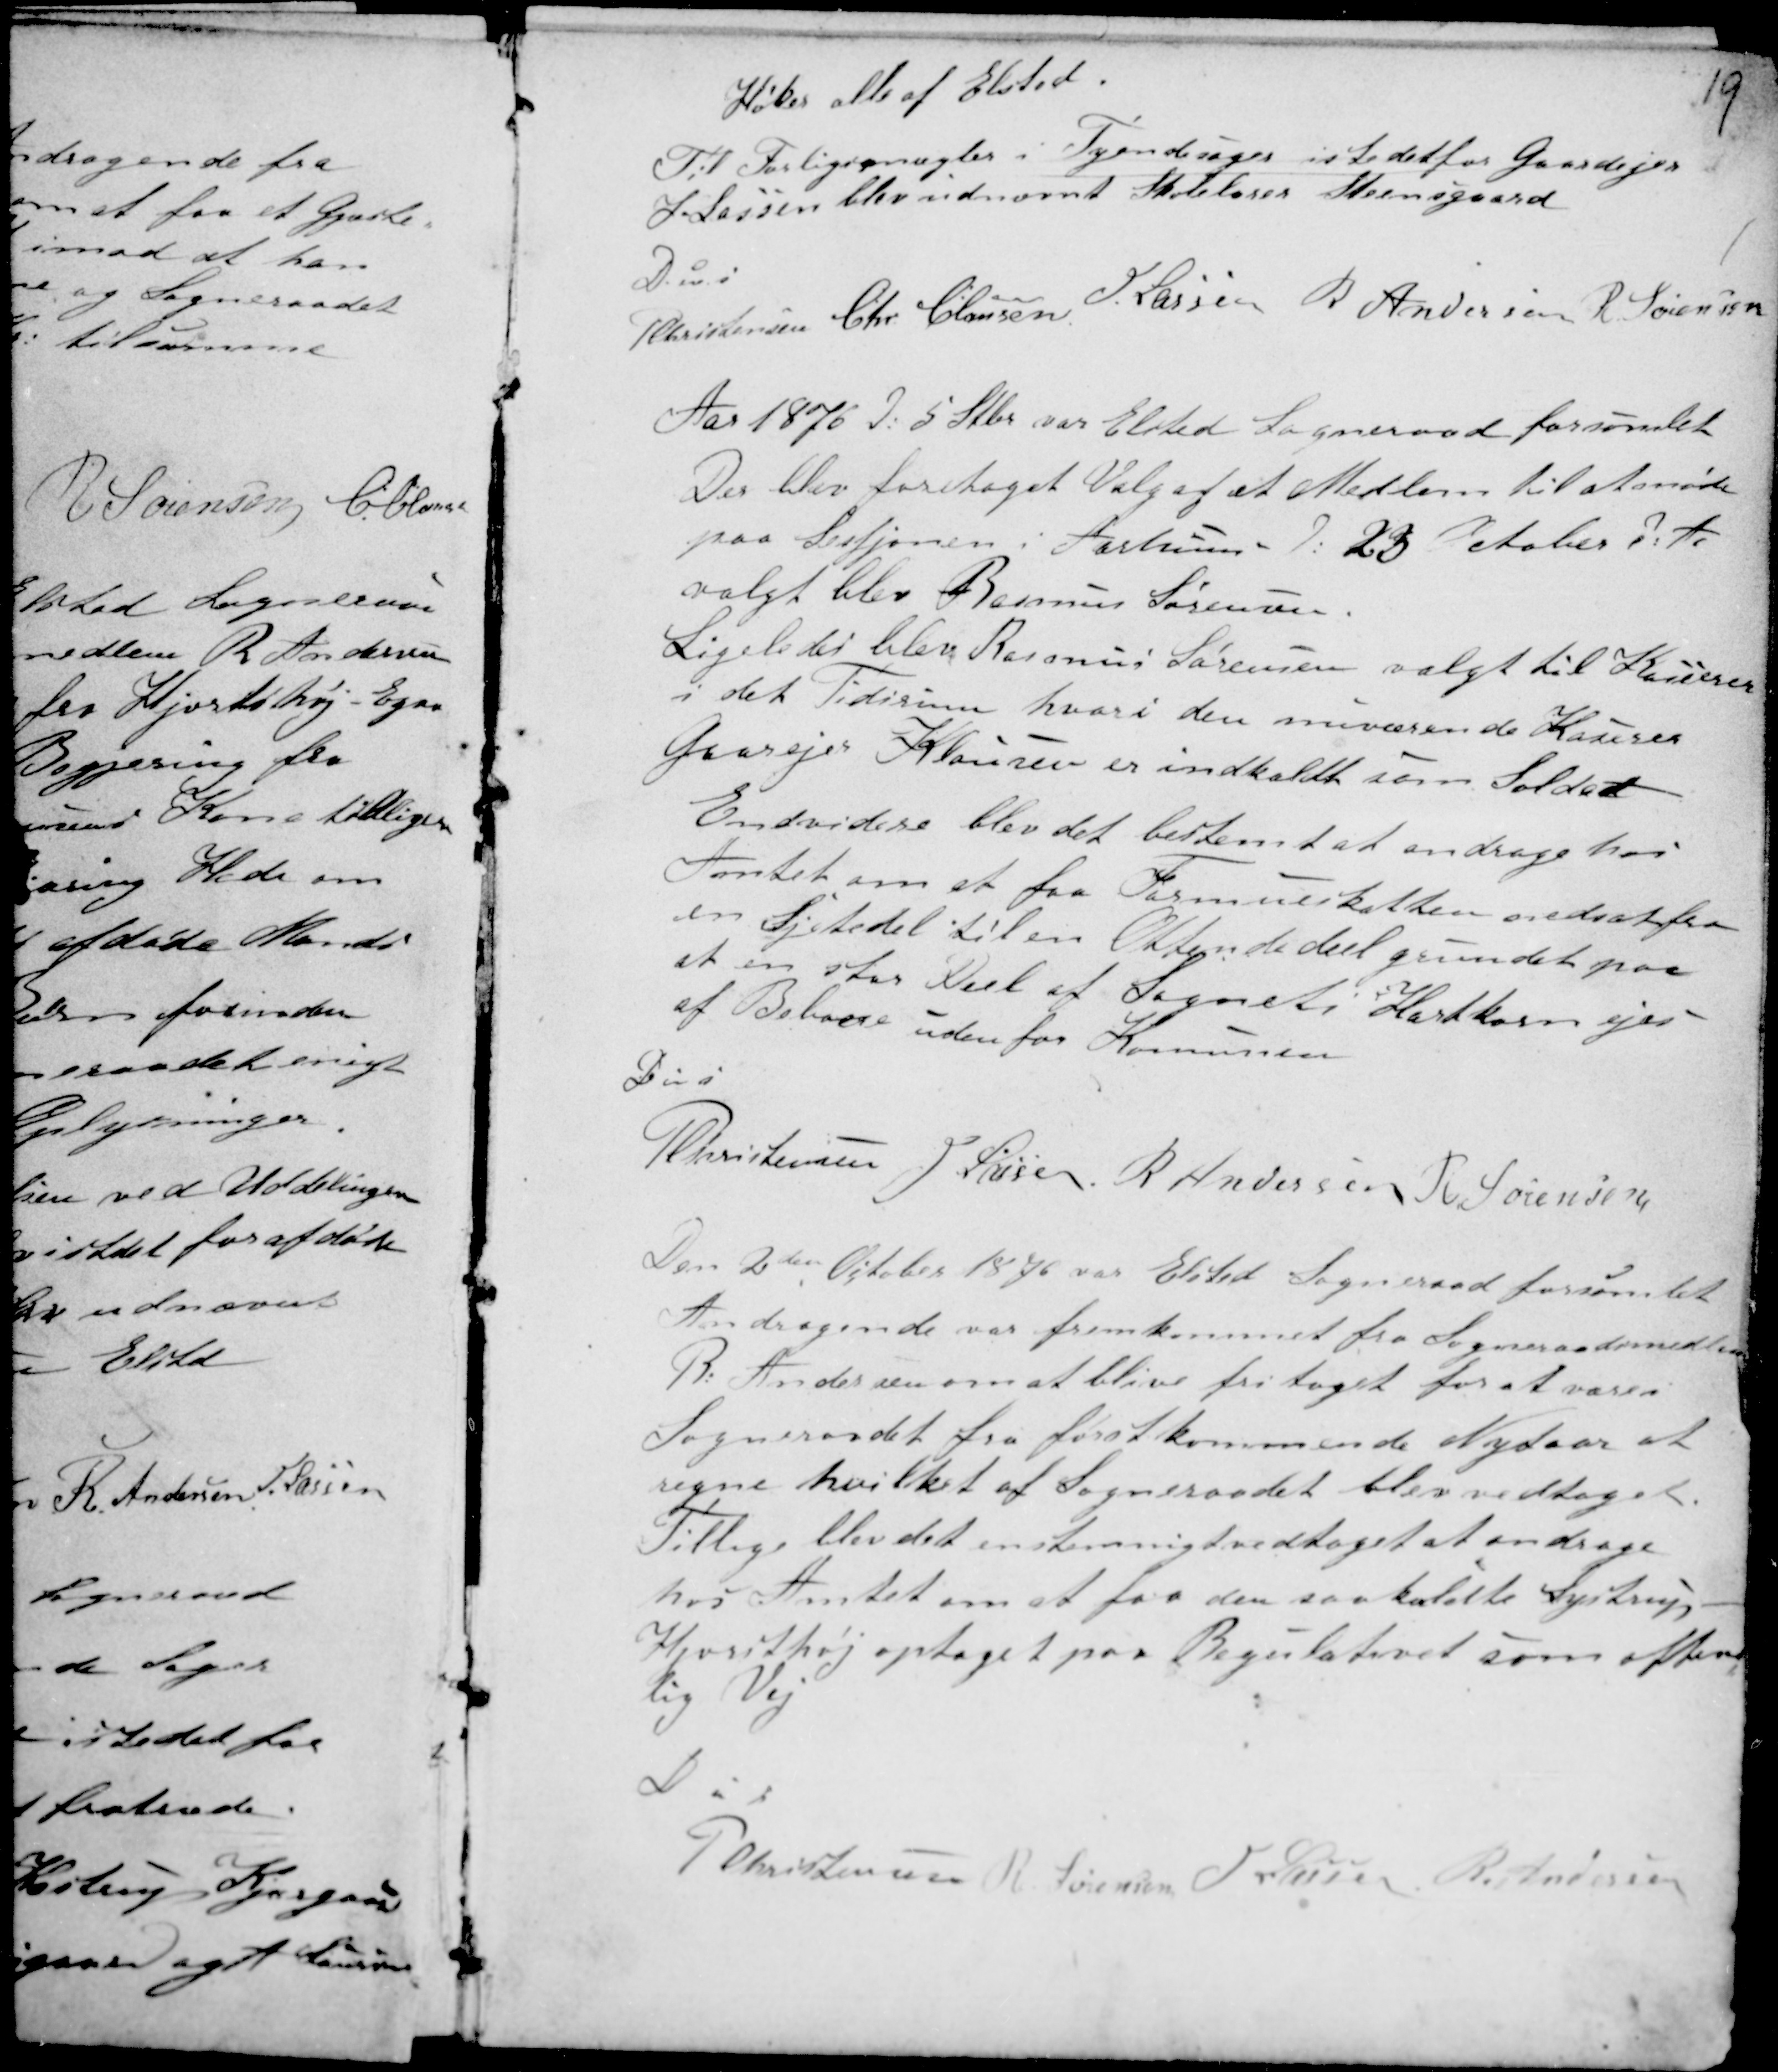
Transskription:
19

Høker alle af Elsted.
Til Forligsmægler i Tyendesager istedetfor Gaardejer
H Lassen blev udnævnt Skolelærer Steensgaard

D u s
PChristensen Chr. Clausen H. Lassen R Andersen R. Sørensen

Aar 1876 d: 5 Stbr var Elsted Sogneraad forsamlet
Der blev foretaget Valg af et Medlem til at møde
paa Sessjonen i Aarhuus d: 23 October d: A,
valgt blev Rasmus Sørensen.
Ligeledes blev Rasmus Sørensen valgt til Kasserer
i det Tidsrum hvori den nuværende Kaserer
Gaarejer Klausen er indkaldt som Soldat
Endvidere blev det bestemt at andrage hos
Amtet om at faa Formueskatten nedsat fra
en Sjetedel til en Ottende deel grundet paa
at en stor Deel af Sognets Hartkorn ejes
af Beboere uden for Kommunen
D u s
PChrisensen H. Lassen R Andersen R Sørensen

Den 2den October 1876 var Elsted Sogneraad forsamlet
Andragende var fremkommet fra Sogneraadsmedlem
R: Andersen om at blive fritaget for at være i
Sogneraadet fra førstkommende Nytaar at
regne hvilket af Sogneraadet blev vedtaget.
Tillige blev det enstemmigt vedtaget at andrage
hos Amtet om at faa den saakaldte Lystrup -
Hjordthøj optaget paa Regulativet som offent-
lig Vej
D u s
P Christensen R Sørensen H Lassen R. Andersen